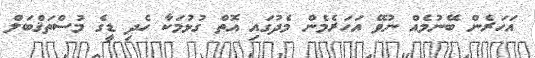
އަހަރެން ބޭނުމެއް ނުވޭ އަހަރެމެން މެދުގައި އޮތް ގުޅުމަކާ ހެދި ޑީގެ މުސްތަޤްބަލް